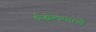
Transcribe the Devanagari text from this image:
डीझेलसारखे